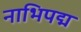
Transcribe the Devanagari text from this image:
नाभिपद्म